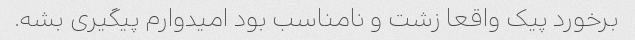
برخورد پیک واقعا زشت و نامناسب بود امیدوارم پیگیری بشه.